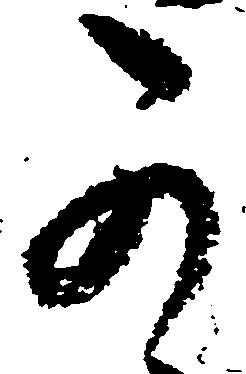
可